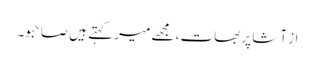
از آشا پربھات ، مجھے میر کہتے ہیں صاحبو۔